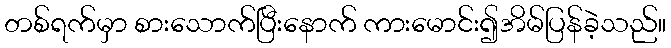
တစ်ရက်မှာ စားသောက်ပြီးနောက် ကားမောင်း၍အိမ်ပြန်ခဲ့သည်။